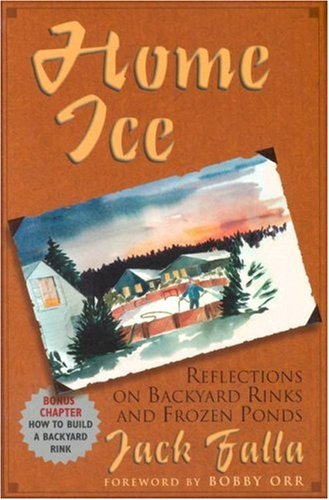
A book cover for Home Ice: Reflections on Backyard Rinks and Frozen Ponds; Jack Falla; Sports & Outdoors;